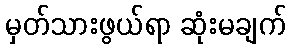
မှတ်သားဖွယ်ရာ ဆုံးမချက်